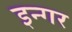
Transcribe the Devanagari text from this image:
इन्गर